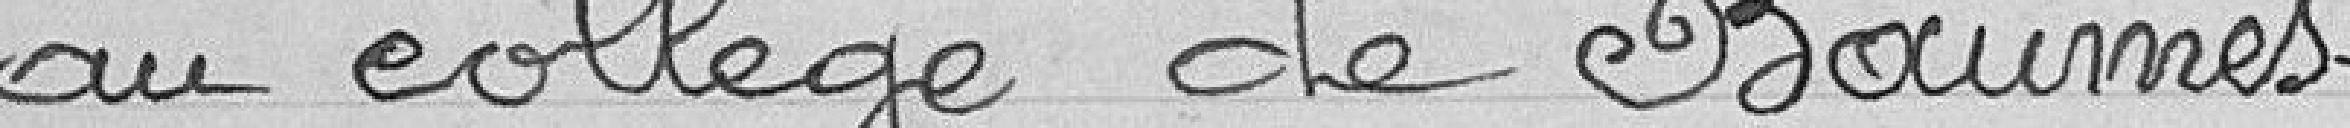
au collège de Baumes-